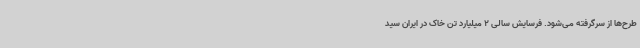
طرح‌ها از سرگرفته می‌شود. فرسایش سالی 2 میلیارد تن خاک در ایران سید